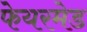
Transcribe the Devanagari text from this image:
फेयरमेड